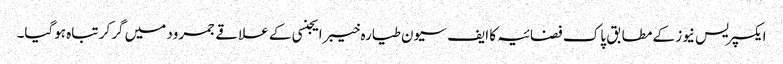
ایکسپریس نیوز کے مطابق پاک فضائیہ کا ایف سیون طیارہ خیبرایجنسی کے علاقے جمرود میں گرکر تباہ ہوگیا۔